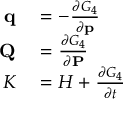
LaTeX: \begin{array} { r l } { \mathbf { q } } & { { } = - { \frac { \partial G _ { 4 } } { \partial \mathbf { p } } } } \\ { \mathbf { Q } } & { { } = { \frac { \partial G _ { 4 } } { \partial \mathbf { P } } } } \\ { K } & { { } = H + { \frac { \partial G _ { 4 } } { \partial t } } } \end{array}